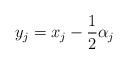
LaTeX: \begin{align*} y_j=x_j-\frac{1}{2}\alpha_j \quad\end{align*}